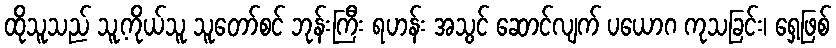
ထိုသူသည် သူ့ကိုယ်သူ သူတော်စင် ဘုန်းကြီး ရဟန်း အသွင် ဆောင်လျက် ပယောဂ ကုသခြင်း၊ ရှေ့ဖြစ်